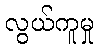
လွယ်ကူမှု